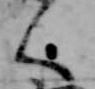
く